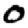
Digit: 0